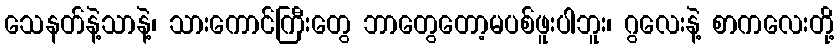
သေနတ်နဲ့သာနဲ့၊ သားကောင်ကြီးတွေ ဘာတွေတော့မပစ်ဖူးပါဘူး၊ ဂွလေးနဲ့ စာကလေးတို့